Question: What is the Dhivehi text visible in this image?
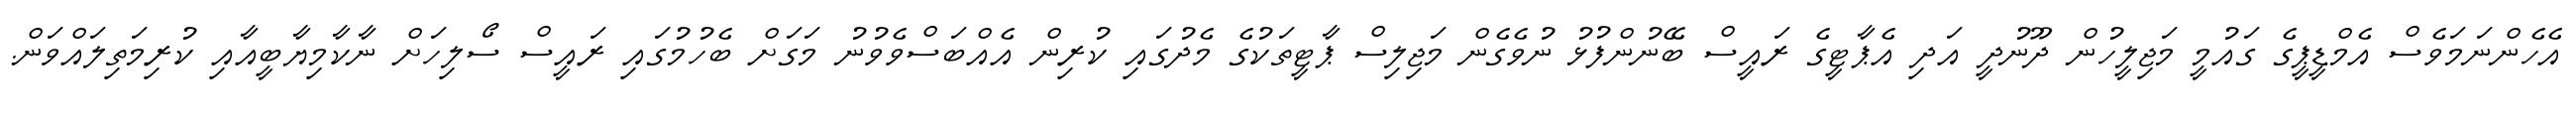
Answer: އެހެންނަމަވެސް އެމްޑީޕީގެ ގައުމީ މަޖިލީހުން ދޫނުދީ އަދި އެޕާޓީގެ ރައީސް ބޭނުންފުޅު ނުވެގެން މަޖިލިސް ޕާޓީތަކުގެ މެދުގައި ކުރިން އެއްބަސްވެވުނު މަގަށް ބެހުމުގައި ރައީސް ސޯލިހަށް ނާކާމިޔާބީއާއި ކުރިމަތިލައްވަން.